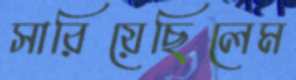
সারিয়েছিলেম